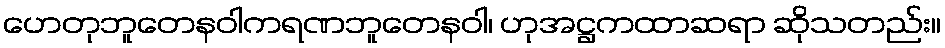
ဟေတုဘူတေနဝါကရဏဘူတေနဝါ၊ ဟုအဋ္ဌကထာဆရာ ဆိုသတည်း။